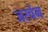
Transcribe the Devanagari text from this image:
जरचेन